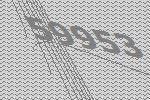
59953